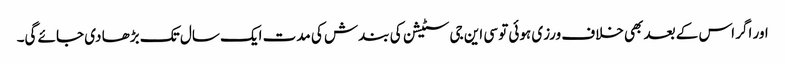
اور اگر اس کے بعد بھی خلاف ورزی ہوئی تو سی این جی سٹیشن کی بندش کی مدت ایک سال تک بڑھا دی جائے گی۔